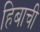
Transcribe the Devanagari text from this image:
हिबाची